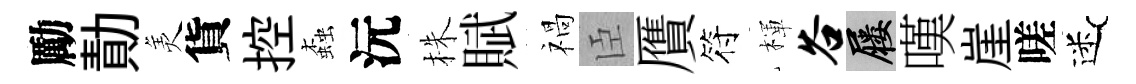
勵勣羙貨控螙沅株賦禍臣贋符楎谷屨嘆崖嗟迷